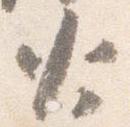
火